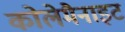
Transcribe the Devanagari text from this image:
कोलेमैनाइट